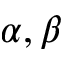
\alpha , \beta